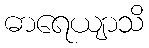
ဓာရေယျာသိ